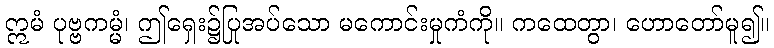
ဣမံ ပုဗ္ဗကမ္မံ၊ ဤရှေး၌ပြုအပ်သော မကောင်းမှုကံကို။ ကထေတွာ၊ ဟောတော်မူ၍။